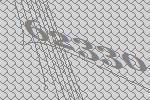
62330